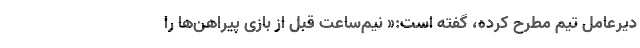
دیرعامل تیم مطرح کرده، گفته است:« نیم‌ساعت قبل از بازی پیراهن‌ها را